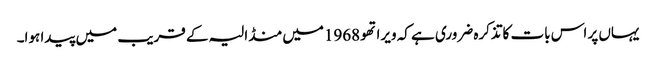
یہاں پر اس بات کاتذکرہ ضروری ہے کہ ویراتھو 1968میں منڈالیہ کے قریب میں پیدا ہوا۔